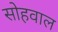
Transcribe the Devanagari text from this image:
सोहवाल